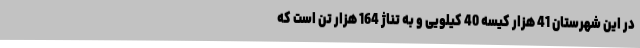
در این شهرستان 41 هزار کیسه 40 کیلویی و به تناژ 164 هزار تن است که